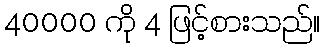
40000 ကို 4 ဖြင့်စားသည်။